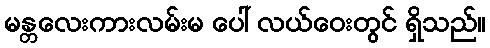
မန္တလေးကားလမ်းမ ပေါ် လယ်ဝေးတွင် ရှိသည်။